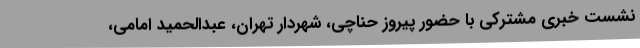
نشست خبری مشترکی با حضور پیروز حناچی، شهردار تهران، عبدالحمید امامی،